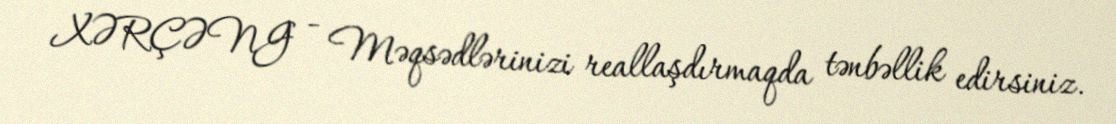
XƏRÇƏNG - Məqsədlərinizi reallaşdırmaqda tənbəllik edirsiniz.